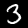
Label: 3